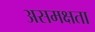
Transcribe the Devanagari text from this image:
असमक्षता